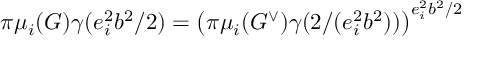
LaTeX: \pi \mu _ { i } ( G ) \gamma ( e _ { i } ^ { 2 } b ^ { 2 } / 2 ) = \left( \pi \mu _ { i } ( G ^ { \vee } ) \gamma ( 2 / ( e _ { i } ^ { 2 } b ^ { 2 } ) ) \right) ^ { e _ { i } ^ { 2 } b ^ { 2 } / 2 }